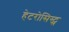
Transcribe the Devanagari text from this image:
हेटरोसिस्ट्स